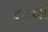
૮૪થી